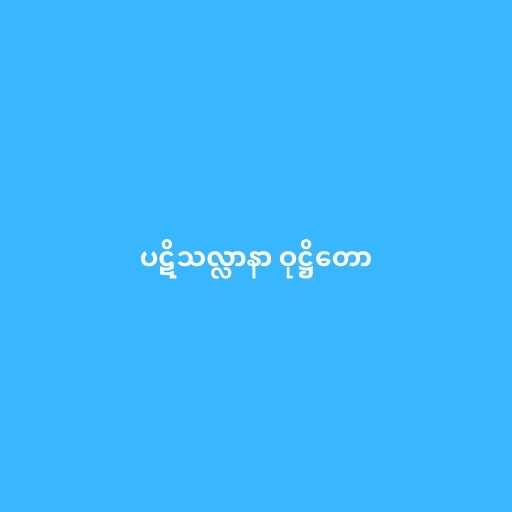
ပဋိသလ္လာနာ ဝုဋ္ဌိတော